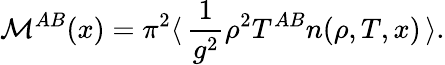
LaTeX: {\cal M}^{AB}(x)=\pi^{2}\langle\, \frac{1}{g^{2}}\rho^{2}T^{AB}n(\rho,T,x)\, \rangle.